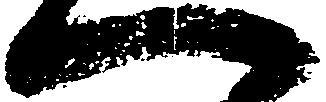
へ